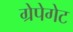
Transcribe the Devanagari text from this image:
ग्रेपेगेट